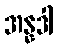
အန္နဒါ